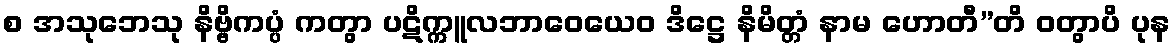
စ အသုဘေသု နိဗ္ဗိကပ္ပံ ကတွာ ပဋိက္ကူလဘာဝေယေဝ ဒိဋ္ဌေ နိမိတ္တံ နာမ ဟောတီ”တိ ဝတွာပိ ပုန